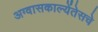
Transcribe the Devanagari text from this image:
अग्वासकाल्येंतेसचे